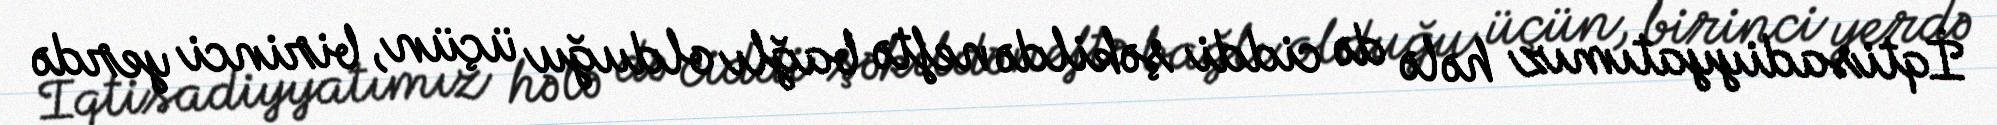
İqtisadiyyatımız hələ də ciddi şəkildə neftə bağlı olduğu üçün, birinci yerdə